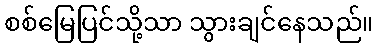
စစ်မြေပြင်သို့သာ သွားချင်နေသည်။